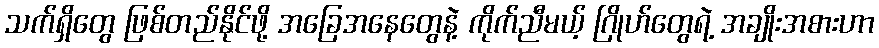
သက်ရှိတွေ ဖြစ်တည်နိုင်ဖို့ အခြေအနေတွေနဲ့ ကိုက်ညီမယ့် ဂြိုဟ်တွေရဲ့ အချိုးအစားဟာ